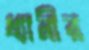
ধ্যানীর